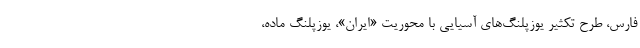
فارس، طرح تکثیر یوزپلنگ‌های آسیایی با محوریت «ایران»، یوزپلنگ ماده،